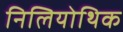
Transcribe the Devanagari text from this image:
निलियोथिक